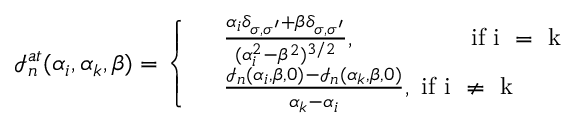
\mathcal { I } _ { n } ^ { a t } ( \alpha _ { i } , \alpha _ { k } , \beta ) = \left\lbrace \begin{array} { r l } & { \frac { \alpha _ { i } \delta _ { \sigma , \sigma ^ { \prime } } + \beta \delta _ { \sigma , \sigma ^ { \prime } } } { ( \alpha _ { i } ^ { 2 } - \beta ^ { 2 } ) ^ { 3 / 2 } } , \mathrm { \, \, \, \, \, \, \, \, \, \, \, \, \, \, \, \, \, \, \, \, \, \, \, \, \, \, ~ i f ~ i ~ = ~ k ~ } } \\ & { \frac { \mathcal { I } _ { n } ( \alpha _ { i } , \beta , 0 ) - \mathcal { I } _ { n } ( \alpha _ { k } , \beta , 0 ) } { \alpha _ { k } - \alpha _ { i } } , \mathrm { ~ i f ~ i ~ \neq ~ k ~ } } \end{array} \right.